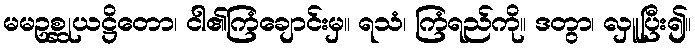
မမဥစ္ဆုယဋ္ဌိတော၊ ငါ၏ကြံချောင်းမှ။ ရသံ၊ ကြံရည်ကို။ ဒတွာ၊ လှူပြီး၍။